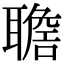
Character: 𦗯